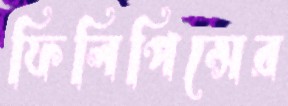
ফিলিপিন্সের